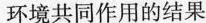
环境共同作用的结果